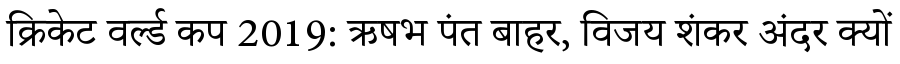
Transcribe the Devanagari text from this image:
क्रिकेट वर्ल्ड कप 2019: ऋषभ पंत बाहर, विजय शंकर अंदर क्यों